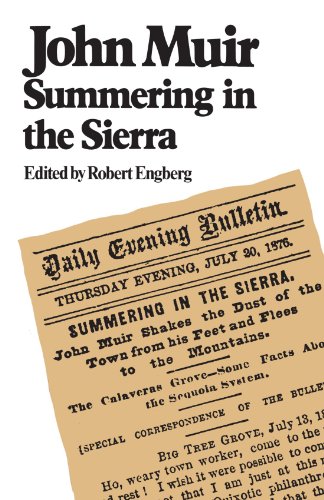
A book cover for John Muir Sierra; Robert E. Engberg; Travel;